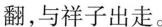
翻，与祥子出走。